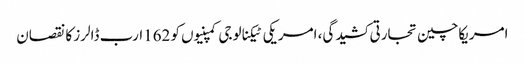
امریکاچین تجارتی کشیدگی، امریکی ٹیکنالوجی کمپنیوں کو 162ارب ڈالرز کا نقصان